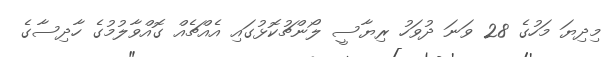
މިދިޔަ މަހުގެ 28 ވަނަ ދުވަހު ރިޔާސީ ލޯންޗުކޮޅުގައި އެއްޗެއް ގޮއްވާލުމުގެ ހާދިސާގެ